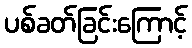
ပစ်ခတ်ခြင်းကြောင့်